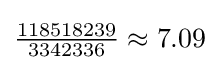
{\tfrac {118518239}{3342336}}\approx 7.09